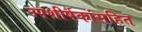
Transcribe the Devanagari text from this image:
उपशीर्षकांसहित